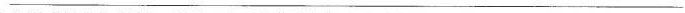
(3)依据【链接】材料，补写两个要点作为倡议书的内容。